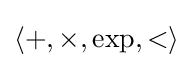
\langle +,\times ,\exp ,<\rangle